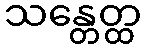
သန္တေတ္ထ